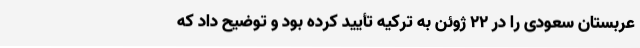
عربستان سعودی را در 22 ژوئن به ترکیه تأیید کرده بود و توضیح داد که